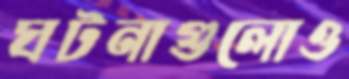
ঘটনাগুলোও